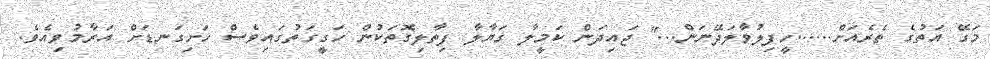
މަގޭ އަތުގެ ތެރެއަށް......ހީފިލުވާލަދޭނަން..." ޖައިދަން ކަމީލާ ގަޔާލާ ފިތާލިގޮތަކުން ހަގީގަތުގައިވެސް ހަށިގަނޑަށް އަރާމުވިއެވެ.